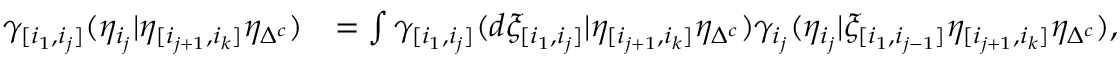
\begin{array} { r l } { \gamma _ { [ i _ { 1 } , i _ { j } ] } ( \eta _ { i _ { j } } \lvert \eta _ { [ i _ { j + 1 } , i _ { k } ] } \eta _ { \Delta ^ { c } } ) } & { = \int \gamma _ { [ i _ { 1 } , i _ { j } ] } ( d \xi _ { [ i _ { 1 } , i _ { j } ] } \lvert \eta _ { [ i _ { j + 1 } , i _ { k } ] } \eta _ { \Delta ^ { c } } ) \gamma _ { i _ { j } } ( \eta _ { i _ { j } } \lvert \xi _ { [ i _ { 1 } , i _ { j - 1 } ] } \eta _ { [ i _ { j + 1 } , i _ { k } ] } \eta _ { \Delta ^ { c } } ) , } \end{array}